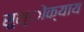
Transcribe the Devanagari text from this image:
सुश्ोक्याय